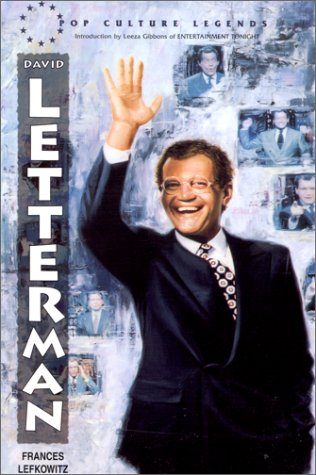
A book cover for David Letterman: Pop Culture Legends; Francis Lefkowitz; Teen & Young Adult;